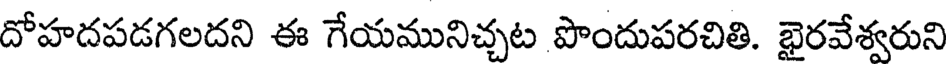
దోహదపడగలదని ఈ గేయమునిచ్చట పొందుపరచితి. ఖైరవేశ్వరుని